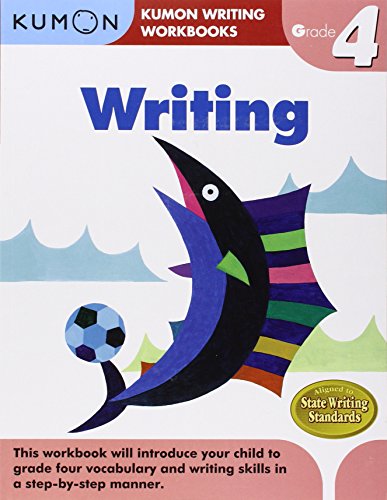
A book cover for Grade 4 Writing (Kumon Writing Workbooks); Kumon Publishing; Children's Books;